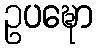
ဥပဍ္ဎော